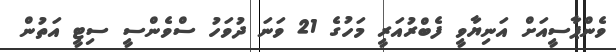
ވެންޕާސީއަށް އަނިޔާވީ ފެބްރުއަރީ މަހުގެ 21 ވަނަ ދުވަހު ސްވެންސީ ސިޓީ އަތުން